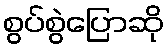
စွပ်စွဲပြောဆို